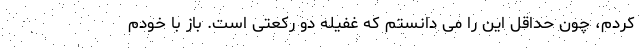
کردم، چون حداقل این را می دانستم که غفیله دو رکعتی است. باز با خودم